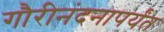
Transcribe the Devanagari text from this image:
गौरीनंदनापर्यंत